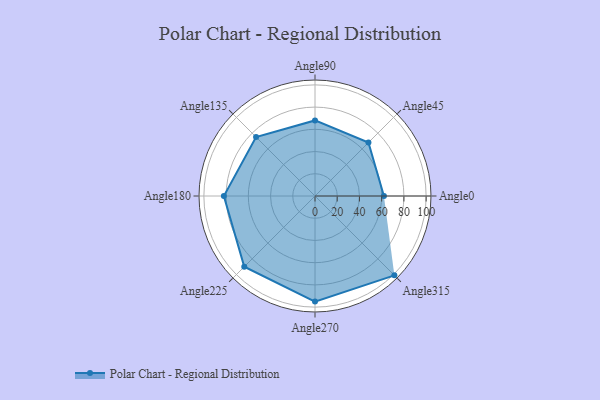
{"axis": {"x": "Angle", "y": "Radius"}, "legend": [""], "data": [{"x": "Angle0", "y": 62.0, "type": ""}, {"x": "Angle45", "y": 68.0, "type": ""}, {"x": "Angle90", "y": 68.0, "type": ""}, {"x": "Angle135", "y": 75.0, "type": ""}, {"x": "Angle180", "y": 82.0, "type": ""}, {"x": "Angle225", "y": 90.0, "type": ""}, {"x": "Angle270", "y": 95.0, "type": ""}, {"x": "Angle315", "y": 101.0, "type": ""}]}